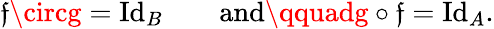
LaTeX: \mathfrak{f}\circg=\operatorname{I\mathrm{d}}_{B}\qquad{\mathrm{{an\mathrm{d}}}}\qquadg\circ\mathfrak{f}=\operatorname{I\mathrm{d}}_{A}.